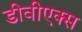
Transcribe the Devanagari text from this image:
डीवीएक्स